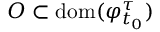
O \subset \mathrm { d o m } ( \varphi _ { t _ { 0 } } ^ { \tau } )